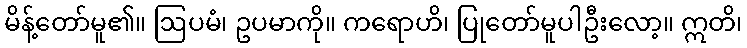
မိန့်တော်မူ၏။ ဩပမံ၊ ဥပမာကို။ ကရောဟိ၊ ပြုတော်မူပါဦးလော့။ ဣတိ၊